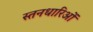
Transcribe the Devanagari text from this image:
स्तनधारिओं